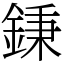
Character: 𨧺